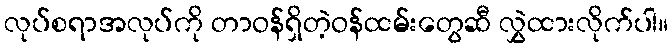
လုပ်စရာအလုပ်ကို တာဝန်ရှိတဲ့ဝန်ထမ်းတွေဆီ လွှဲထားလိုက်ပါ။